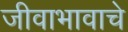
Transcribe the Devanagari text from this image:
जीवाभावाचे